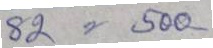
82 = 500